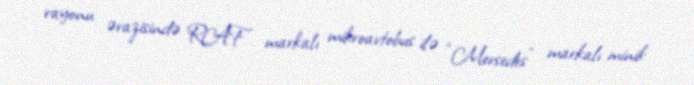
rayonu ərazisində RAF markalı mikroavtobus ilə “Mersedes” markalı minik